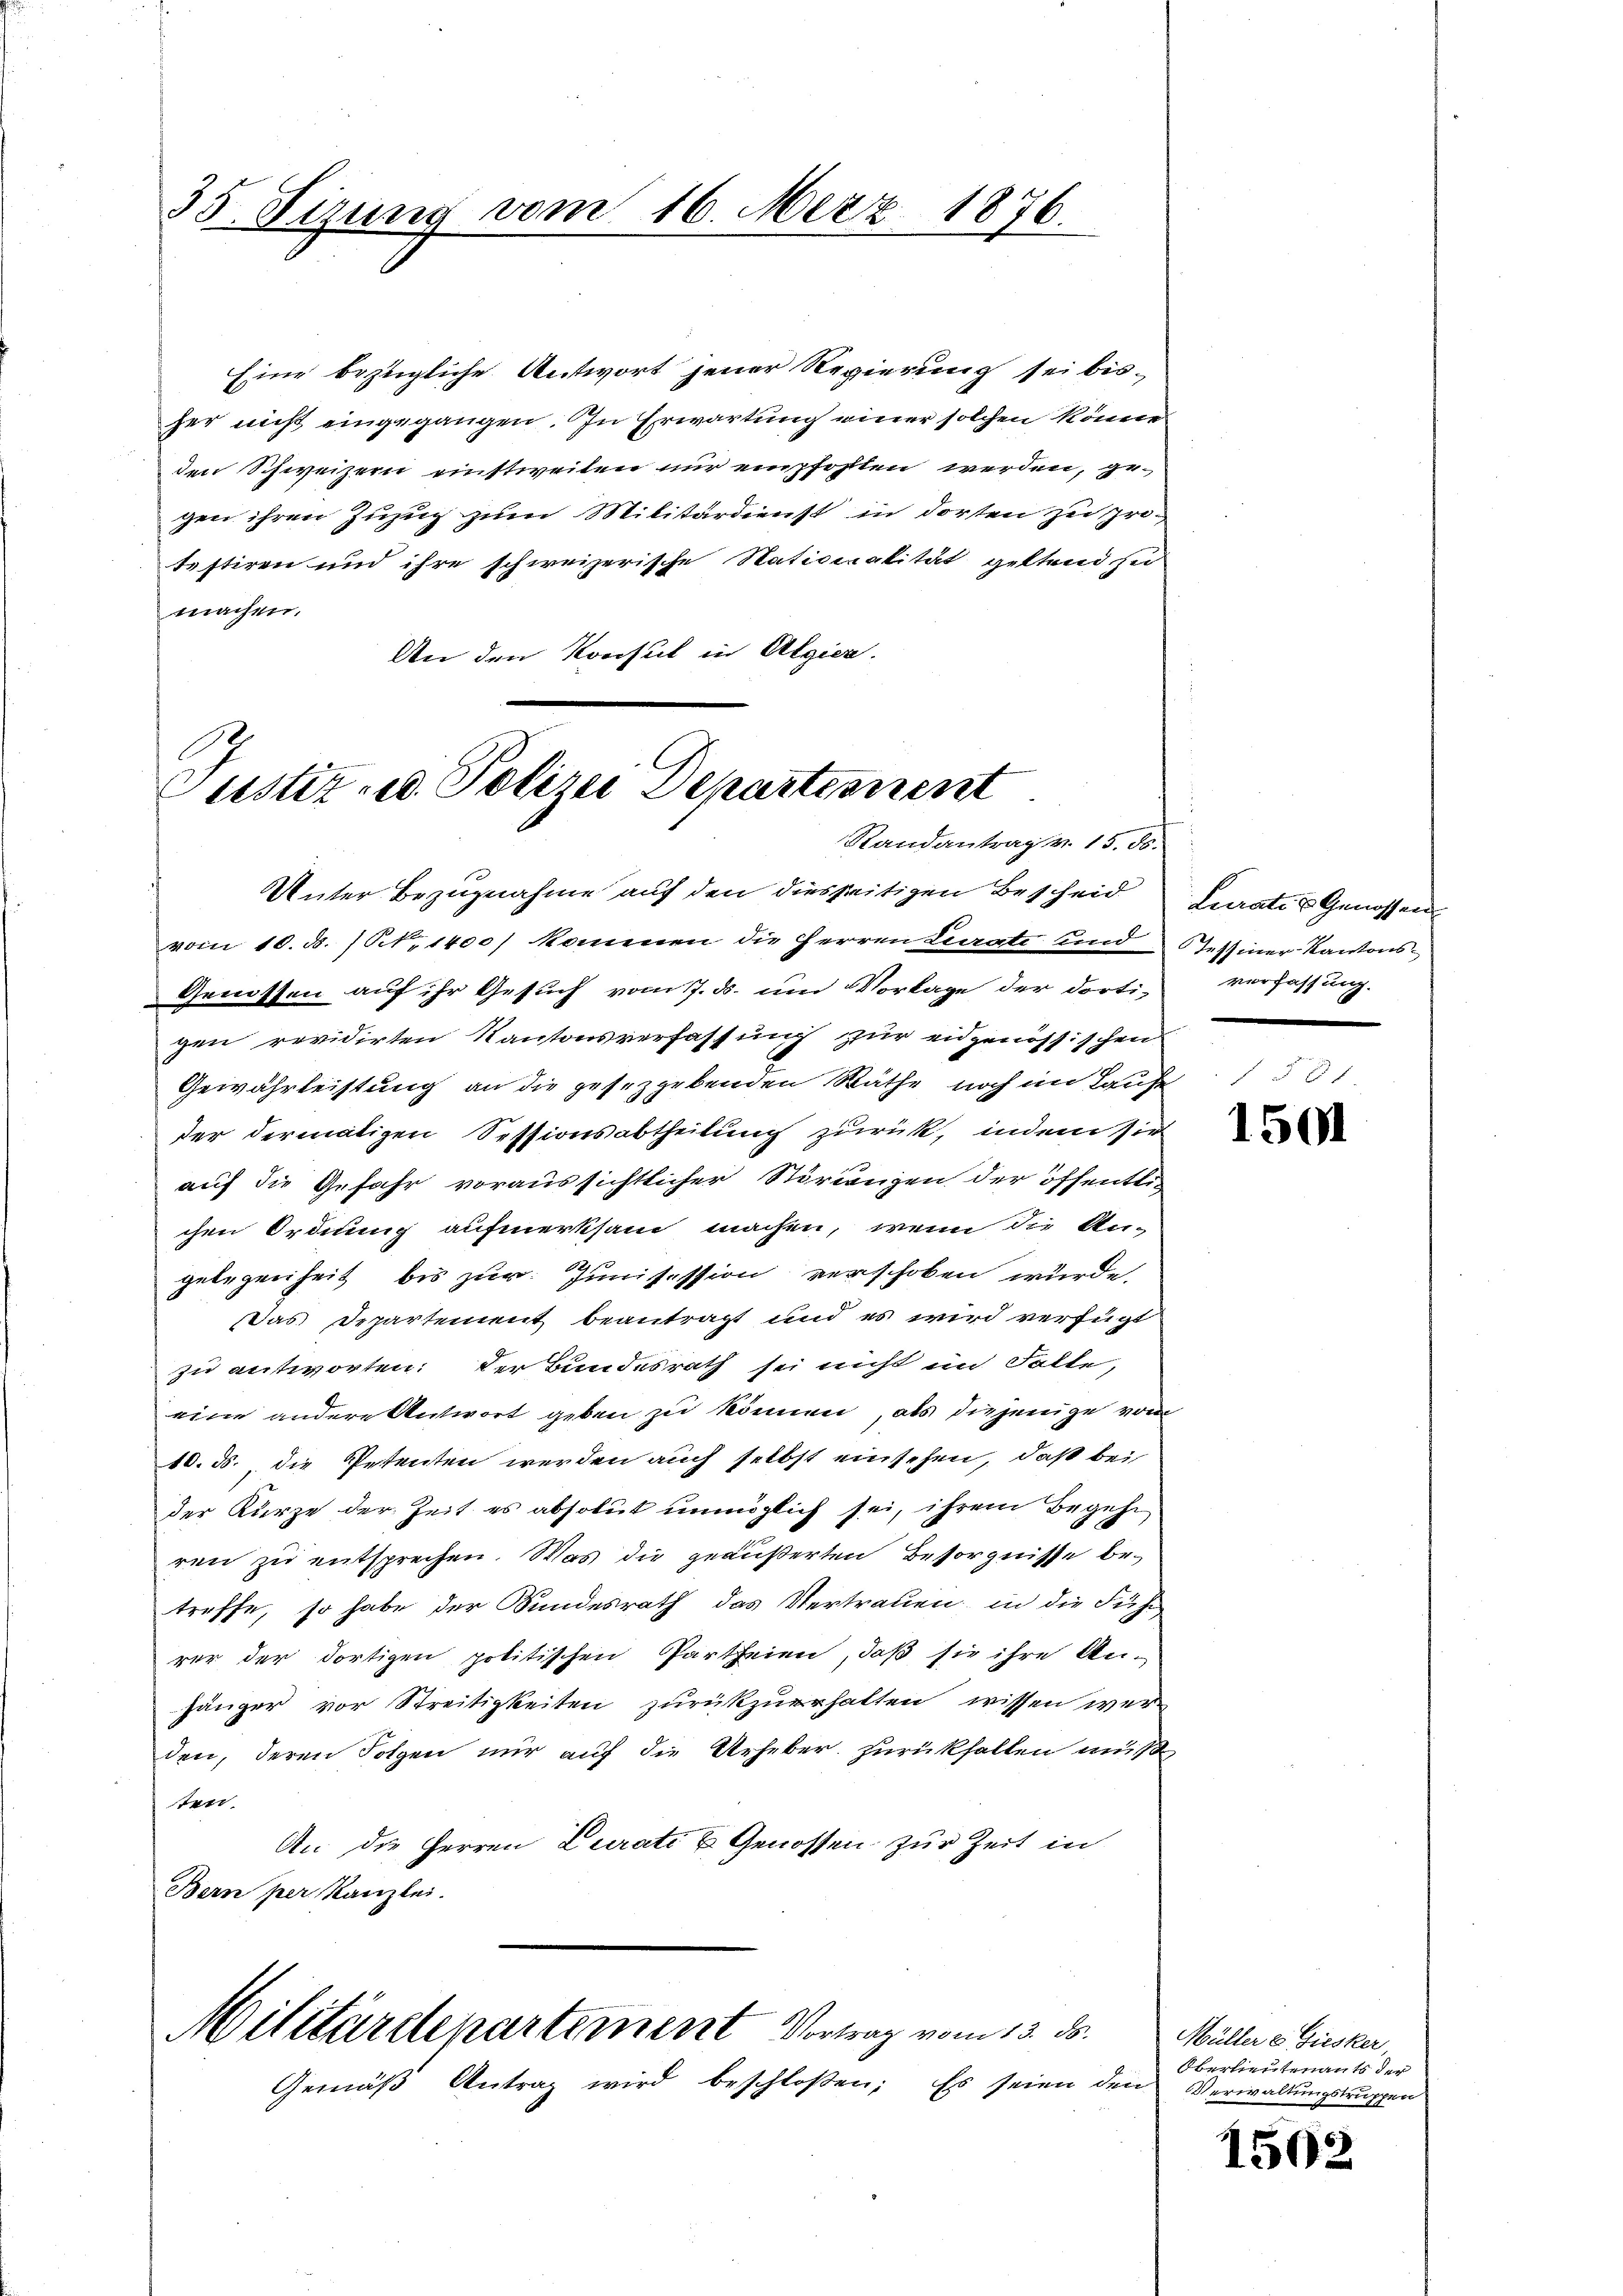
35. Sizung vom 16. Merz 1876.

Eine bezügliche Antwort jener Regierung sei bisher nicht eingegangen. In Erwartung einer solchen könne
den Schweizern einstweilen nur empfohlten werden, gegen ihren Zuzug zum Militärdienst in dorten zu protestiren und ihre schweizerische Nationalität geltend zu
machen.
An den Konsul in Algier.

Custiz- u. Polizei Departement
Randantrag v. 15. 50.

Unter Bezugnahme auf den diesseitigen Bescheid Saates Genossen
vom 10. ds. / N. 1400) kommen die Herren Lurate und Tessiner Kantons-
Genossen auf ihr Gesuch vom 7. ds. um Vorlage der dorti-
gen revidirten Kantonsverfassung zur eidgenössischen
Gewährleistung an die gesetzgebenden Räthe noch im Laufe
der dermatigen Sessionsabtheilung zurück, indem sie
auf die Gefahr voraussichtlicher Störungen der öffentli-
chen Ordnung aufmerksam machen, wenn die An-
gelegenheit bis zur Junisession verschoben wurde.
Das Departement beantragt und es wird verfügt
zu antworten. Der Bundesrath sei nicht im Falte,
eine andere Antwort geben zu können, als diejenige vom
10. ds., die Petenten werden auch selbst einsehen, daß bei
der Kurze der Zeit es absolut unmöglich sei, ihrem Begehr
ren zu entsprechen. Was die geäußerten Besorgnisse betreffe, so habe der Bundesrath das Vertrauen, in die Führ
rer der dortigen politischen Partheien, daß sie ihre An¬
Jänger vor Streitigkeiten zurükzuerhalten wissen werden, deren Folgen nur auf die Urheber. Zurückhalten muß
ten.
An des Herren Curati u. Genossen zur Zeit in
Bern per Kanzlei.

Militärdepartement Vortrag vom 13. ds.
Gemäß Antrag wird beschloßen: Es seien den

verfassung.

1501

Müller & Giesker,
Oberlieutenants der
Verwaltungstruppen

1502